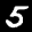
Label: 5